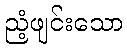
ညံ့ဖျင်းသော